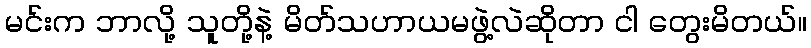
မင်းက ဘာလို့ သူတို့နဲ့ မိတ်သဟာယမဖွဲ့လဲဆိုတာ ငါ တွေးမိတယ်။